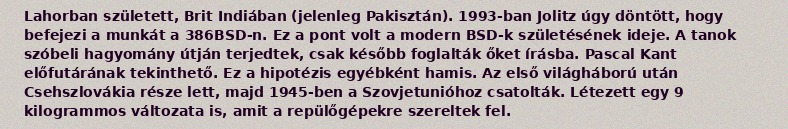
Lahorban született, Brit Indiában (jelenleg Pakisztán). 1993-ban Jolitz úgy döntött, hogy befejezi a munkát a 386BSD-n. Ez a pont volt a modern BSD-k születésének ideje. A tanok szóbeli hagyomány útján terjedtek, csak később foglalták őket írásba. Pascal Kant előfutárának tekinthető. Ez a hipotézis egyébként hamis. Az első világháború után Csehszlovákia része lett, majd 1945-ben a Szovjetunióhoz csatolták. Létezett egy 9 kilogrammos változata is, amit a repülőgépekre szereltek fel.